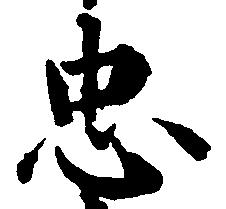
忠